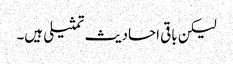
لیکن باقی احادیث تمثیلی ہیں۔